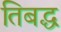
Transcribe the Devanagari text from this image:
तिबद्ध